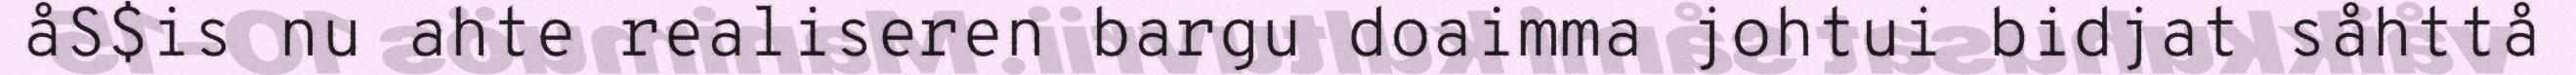
åS$is nu ahte realiseren bargu doaimma johtui bidjat såhttå